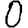
Digit: 0